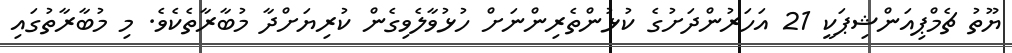
ޔޫތު ޗެމްޕިއަންޝިޕަކީ 21 އަހަރުންދަށުގެ ކުޅުންތެރިންނަށް ހުޅުވާލެވިގެން ކުރިޔަށްދާ މުބާރާތެކެވެ. މި މުބާރާތުގައި